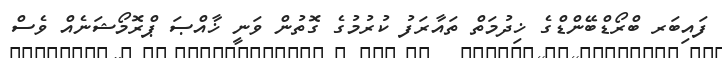
ފައިބަރ ބްރޯޑްބޭންޑްގެ ޚިދުމަތް ތައާރަފު ކުރުމުގެ ގޮތުން ވަނީ ޚާއްޞަ ޕްރޮމޯޝަނެއް ވެސް